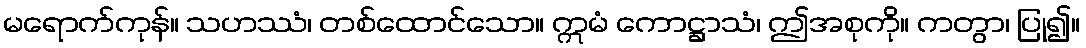
မရောက်ကုန်။ သဟဿံ၊ တစ်ထောင်သော။ ဣမံ ကောဋ္ဌာသံ၊ ဤအစုကို။ ကတွာ၊ ပြု၍။